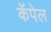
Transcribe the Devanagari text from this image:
कॅपेल